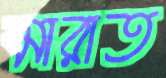
মারাত